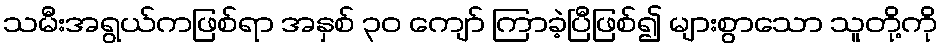
သမီးအရွယ်ကဖြစ်ရာ အနှစ် ၃၀ ကျော် ကြာခဲ့ပြီဖြစ်၍ များစွာသော သူတို့ကို